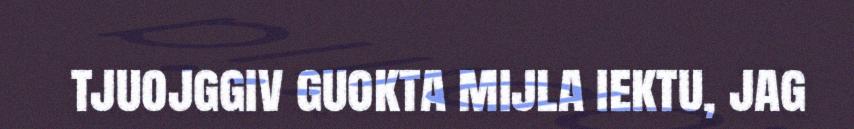
tjuojggiv guokta mijla iektu, jag